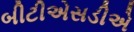
બીટીએસડીએ